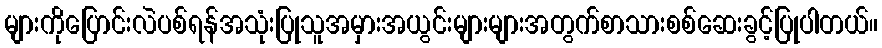
များကိုပြောင်းလဲပစ်ရန်အသုံးပြုသူအမှားအယွင်းများများအတွက်စာသားစစ်ဆေးခွင့်ပြုပါတယ်။